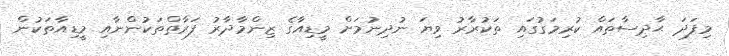
މިފަދަ ޙާދިސާތައް ކުރިމަގުގައި ތަކުރާރު ވިޔަ ނުދިނުމަށް މީޑިއާގެ ޒިންމާދާރު ފަރާތްތަކުންނާއި މީޑިއާތަކުން